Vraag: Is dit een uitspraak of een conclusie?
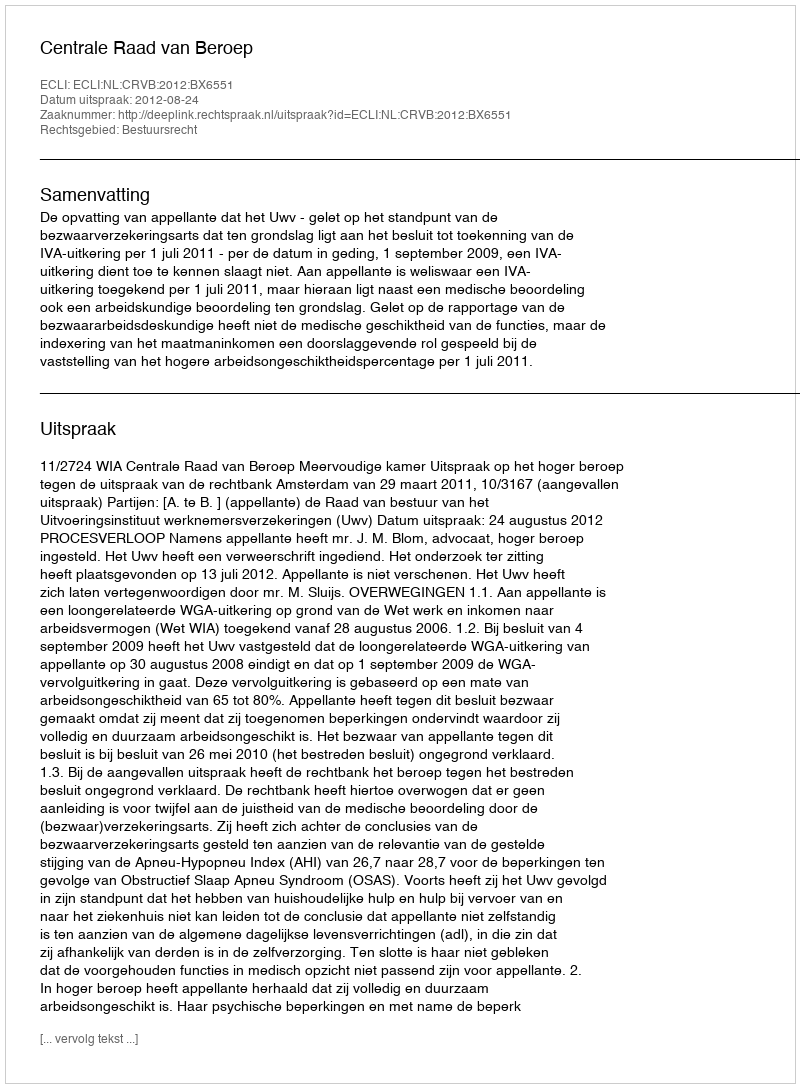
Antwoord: Uitspraak